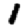
Digit: 1